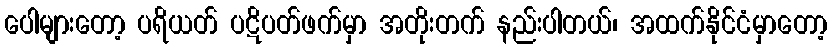
ပေါများတော့ ပရိယတ် ပဋိပတ်ဖက်မှာ အတိုးတက် နည်းပါတယ်၊ အထက်နိုင်ငံမှာတော့